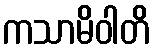
ကသာမိဝါတိ